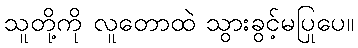
သူတို့ကို လူတောထဲ သွားခွင့်မပြုပေ။